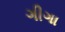
ગીગા